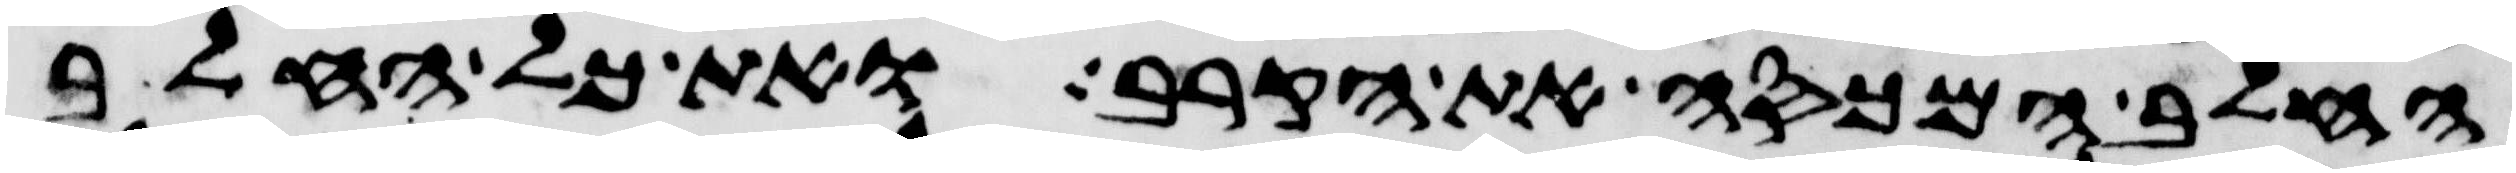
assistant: החלב המכסה את הקרב ואת כל החלב